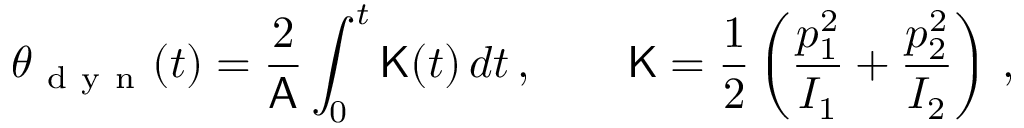
\theta _ { \mathrm { ~ d ~ y ~ n ~ } } ( t ) = \frac { 2 } { \mathsf { A } } \int _ { 0 } ^ { t } \mathsf { K } ( t ) \, d t \, , \qquad \mathsf { K } = \frac { 1 } { 2 } \left( \frac { p _ { 1 } ^ { 2 } } { I _ { 1 } } + \frac { p _ { 2 } ^ { 2 } } { I _ { 2 } } \right) \, ,